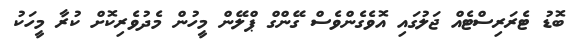
ބޮޑު ޓެރަރިސްޓެއް ޖަލުގައި އޮވެގެންވެސް ގޭންގް ޕްލޭން މީހުން މެދުވެރިކޮށް ކުރާ މީހަކު